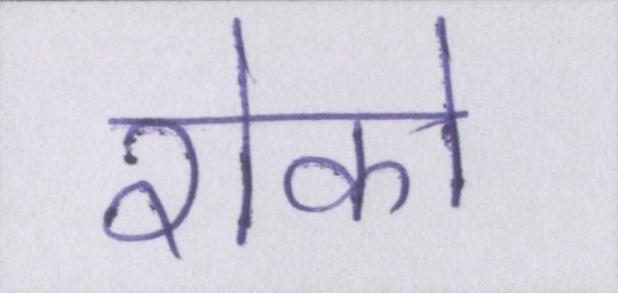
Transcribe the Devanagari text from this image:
रोको